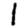
Digit: 1